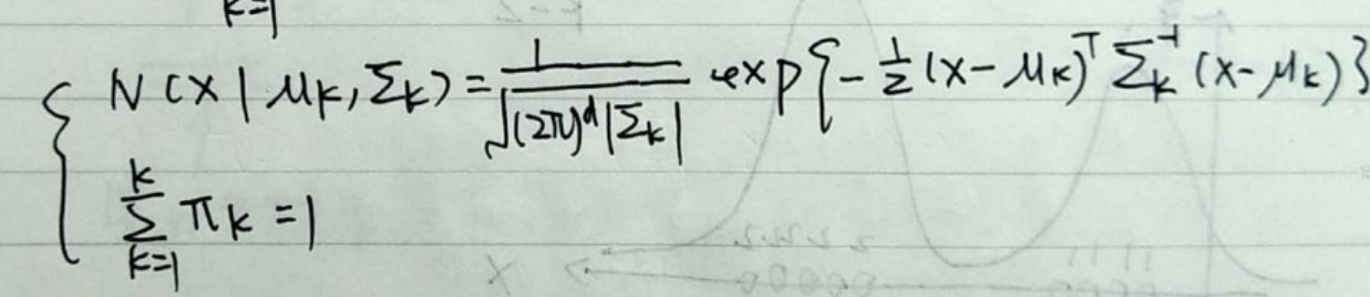
\[
\left\{
\begin{array}{l}
N(x|\mu_k,\Sigma_k)=\frac{1}{\sqrt{(2\pi)^{d}|\Sigma_k|}}\exp\left\{-\frac{1}{2}(x-\mu_k)^T\Sigma_k^{-1}(x-\mu_k)\right\}\\
\sum_{k = 1}^{K}\pi_k = 1
\end{array}
\right.
\]